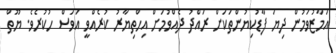
އަމާޒުވަމުން ދިޔަ ފާޑުކިޔުންތަކަށް ރައްދު ދެއްވުމަށް އިހްތިޔާރު ކުރެއްވީ އަވަސް ހުކުރެވެ. ޔޫތް